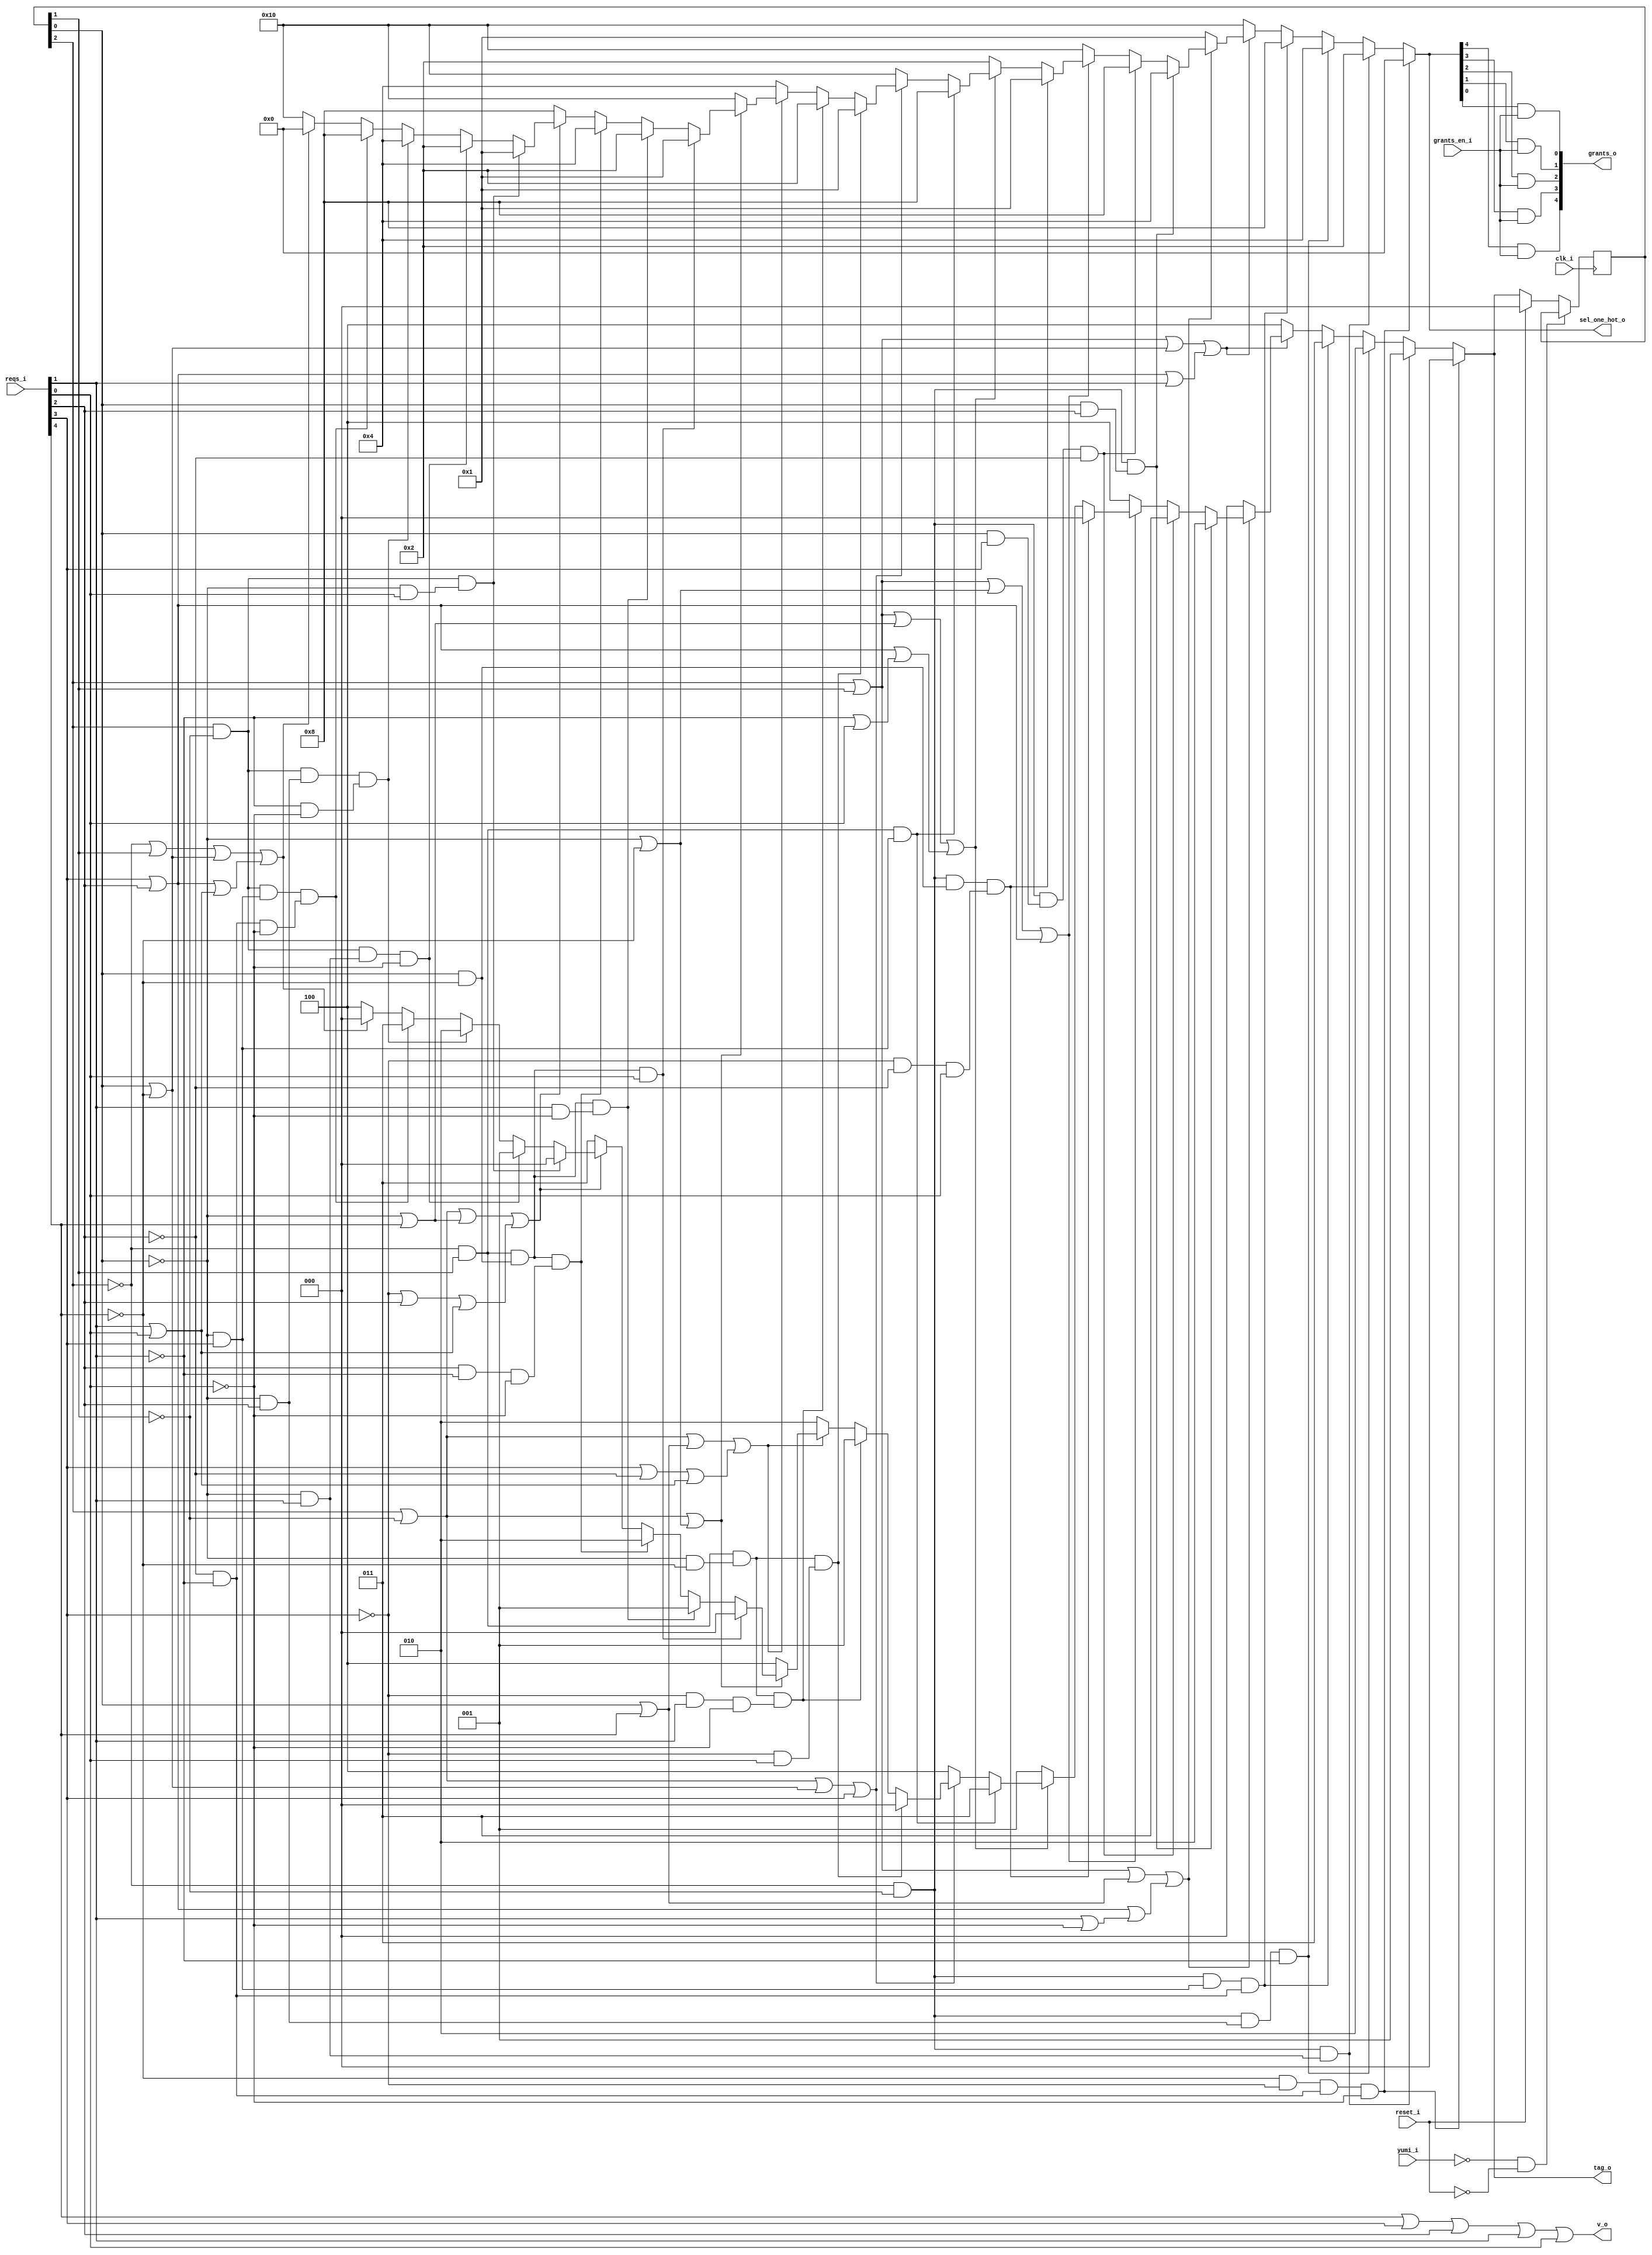
module bsg_round_robin_arb_inputs_p5
(
  clk_i,
  reset_i,
  grants_en_i,
  reqs_i,
  grants_o,
  sel_one_hot_o,
  v_o,
  tag_o,
  yumi_i
);

  input [4:0] reqs_i;
  output [4:0] grants_o;
  output [4:0] sel_one_hot_o;
  output [2:0] tag_o;
  input clk_i;
  input reset_i;
  input grants_en_i;
  input yumi_i;
  output v_o;
  wire [4:0] grants_o,sel_one_hot_o;
  wire [2:0] tag_o;
  wire v_o,N0,N1,N2,N3,N4,N5,N6,N7,N8,N9,N10,N11,N12,N13,N14,N15,N16,N17,N18,N19,N20,
  N21,N22,N23,N24,N25,N26,N27,N28,N29,N30,N31,N32,N33,N34,N35,N36,N37,N38,N39,N40,
  N41,N42,N43,N44,N45,N46,N47,N48,N49,N50,N51,N52,N53,N54,N55,N56,N57,N58,N59,N60,
  N61,N62,N63,N64,N65,N66,N67,N68,N69,N70,N71,N72,N73,N74,N75,N76,N77,N78,N79,N80,
  N81,N82,N83,N84,N85,N86,N87,N88,N89,N90,N91,N92,N93,N94,N95,N96,N97,N98,N99,N100,
  N101,N102,N103,N104,N105,N106,N107,N108,N109,N110,N111,N112,N113,N114,N115,N116,
  N117,N118,N119,N120,N121,N122,N123,N124,N125,N126,N127,N128,N129,N130,N131,N132,
  N133,N134,N135,N136,N137,N138,N139,N140,N141,N142,N143,N144,N145,N146,N147,N148,
  N149,N150,N151,N152,N153,N154,N155,N156,N157,N158,N159,N160,N161,N162,N163,N164,
  N165,N166,N167,N168,N169,N170,N171,N172,N173,N174,N175,N176,N177,N178,N179,N180,
  N181,N182,N183,N184,N185,N186,N187,N188,N189,N190,N191,N192,N193,N194,N195;
  reg [2:0] last_r;
  assign N21 = N19 & N88;
  assign N22 = N21 & N37;
  assign N23 = N22 & N20;
  assign N27 = N24 & N25;
  assign N28 = N26 & reqs_i[1];
  assign N29 = N27 & N28;
  assign N31 = N24 & N25;
  assign N32 = N26 & reqs_i[2];
  assign N33 = N31 & N32;
  assign N34 = N33 & N30;
  assign N35 = N24 & N25;
  assign N36 = N26 & reqs_i[3];
  assign N37 = N56 & N30;
  assign N38 = N35 & N36;
  assign N39 = N38 & N37;
  assign N40 = last_r[2] | last_r[1];
  assign N41 = last_r[0] | N19;
  assign N42 = N40 | N41;
  assign N43 = N63 | reqs_i[1];
  assign N44 = N42 | N43;
  assign N46 = last_r[2] | last_r[1];
  assign N47 = last_r[0] | reqs_i[4];
  assign N48 = reqs_i[1] | N20;
  assign N49 = N46 | N47;
  assign N50 = N63 | N48;
  assign N51 = N49 | N50;
  assign N53 = N24 & N25;
  assign N54 = last_r[0] & reqs_i[2];
  assign N55 = N53 & N54;
  assign N57 = N24 & N25;
  assign N58 = last_r[0] & reqs_i[3];
  assign N59 = N57 & N58;
  assign N60 = N59 & N56;
  assign N61 = last_r[2] | last_r[1];
  assign N62 = N26 | N19;
  assign N63 = reqs_i[3] | reqs_i[2];
  assign N64 = N61 | N62;
  assign N65 = N64 | N63;
  assign N67 = N24 & N25;
  assign N68 = last_r[0] & N19;
  assign N69 = N88 & N56;
  assign N70 = N67 & N68;
  assign N71 = N69 & reqs_i[0];
  assign N72 = N70 & N71;
  assign N73 = last_r[2] | last_r[1];
  assign N74 = N26 | reqs_i[4];
  assign N75 = N30 | reqs_i[0];
  assign N76 = N73 | N74;
  assign N77 = N63 | N75;
  assign N78 = N76 | N77;
  assign N80 = N24 & last_r[1];
  assign N81 = N26 & reqs_i[3];
  assign N82 = N80 & N81;
  assign N83 = last_r[2] | N25;
  assign N84 = last_r[0] | N19;
  assign N85 = N83 | N84;
  assign N86 = N85 | reqs_i[3];
  assign N89 = N24 & last_r[1];
  assign N90 = N26 & N19;
  assign N91 = N88 & reqs_i[0];
  assign N92 = N89 & N90;
  assign N93 = N92 & N91;
  assign N94 = N24 & last_r[1];
  assign N95 = N26 & N19;
  assign N96 = N88 & reqs_i[1];
  assign N97 = N94 & N95;
  assign N98 = N96 & N20;
  assign N99 = N97 & N98;
  assign N100 = last_r[2] | N25;
  assign N101 = last_r[0] | reqs_i[4];
  assign N102 = reqs_i[3] | N56;
  assign N103 = reqs_i[1] | reqs_i[0];
  assign N104 = N100 | N101;
  assign N105 = N102 | N103;
  assign N106 = N104 | N105;
  assign N108 = last_r[2] | N25;
  assign N109 = N26 | N19;
  assign N110 = N108 | N109;
  assign N112 = N24 & last_r[1];
  assign N113 = last_r[0] & N19;
  assign N114 = N112 & N113;
  assign N115 = N114 & reqs_i[0];
  assign N116 = N24 & last_r[1];
  assign N117 = last_r[0] & N19;
  assign N118 = reqs_i[1] & N20;
  assign N119 = N116 & N117;
  assign N120 = N119 & N118;
  assign N121 = N24 & last_r[1];
  assign N122 = last_r[0] & N19;
  assign N123 = reqs_i[2] & N30;
  assign N124 = N121 & N122;
  assign N125 = N123 & N20;
  assign N126 = N124 & N125;
  assign N127 = last_r[2] | N25;
  assign N128 = N26 | reqs_i[4];
  assign N129 = N88 | reqs_i[2];
  assign N130 = N127 | N128;
  assign N131 = N129 | N103;
  assign N132 = N130 | N131;
  assign N134 = last_r[2] & N25;
  assign N135 = N26 & reqs_i[0];
  assign N136 = N134 & N135;
  assign N137 = last_r[2] & N25;
  assign N138 = N26 & reqs_i[1];
  assign N139 = N137 & N138;
  assign N140 = N139 & N20;
  assign N141 = last_r[2] & N25;
  assign N142 = N26 & reqs_i[2];
  assign N143 = N30 & N20;
  assign N144 = N141 & N142;
  assign N145 = N144 & N143;
  assign N146 = last_r[2] & N25;
  assign N147 = N26 & reqs_i[3];
  assign N148 = N146 & N147;
  assign N149 = N37 & N20;
  assign N150 = N148 & N149;
  assign N151 = N24 | last_r[1];
  assign N152 = last_r[0] | N19;
  assign N153 = N151 | N152;
  assign N154 = N63 | N103;
  assign N155 = N153 | N154;
  assign N157 = last_r[2] & last_r[0];
  assign N158 = N157 & reqs_i[2];
  assign N159 = last_r[2] & last_r[0];
  assign N160 = N159 & reqs_i[3];
  assign N161 = last_r[2] & last_r[0];
  assign N162 = N161 & reqs_i[4];
  assign N163 = last_r[2] & last_r[0];
  assign N164 = N163 & reqs_i[0];
  assign N165 = last_r[2] & last_r[0];
  assign N166 = N165 & reqs_i[1];
  assign N167 = last_r[2] & last_r[1];
  assign N168 = N167 & reqs_i[3];
  assign N169 = last_r[2] & last_r[1];
  assign N170 = N169 & reqs_i[4];
  assign N171 = last_r[2] & last_r[1];
  assign N172 = N171 & reqs_i[0];
  assign N173 = last_r[2] & last_r[1];
  assign N174 = N173 & reqs_i[1];
  assign N175 = last_r[2] & last_r[1];
  assign N176 = N175 & reqs_i[2];
  assign sel_one_hot_o = (N0)? { 1'b0, 1'b0, 1'b0, 1'b0, 1'b0 } :
                         (N1)? { 1'b0, 1'b0, 1'b0, 1'b1, 1'b0 } :
                         (N2)? { 1'b0, 1'b0, 1'b1, 1'b0, 1'b0 } :
                         (N3)? { 1'b0, 1'b1, 1'b0, 1'b0, 1'b0 } :
                         (N45)? { 1'b1, 1'b0, 1'b0, 1'b0, 1'b0 } :
                         (N52)? { 1'b0, 1'b0, 1'b0, 1'b0, 1'b1 } :
                         (N4)? { 1'b0, 1'b0, 1'b1, 1'b0, 1'b0 } :
                         (N5)? { 1'b0, 1'b1, 1'b0, 1'b0, 1'b0 } :
                         (N66)? { 1'b1, 1'b0, 1'b0, 1'b0, 1'b0 } :
                         (N6)? { 1'b0, 1'b0, 1'b0, 1'b0, 1'b1 } :
                         (N79)? { 1'b0, 1'b0, 1'b0, 1'b1, 1'b0 } :
                         (N7)? { 1'b0, 1'b1, 1'b0, 1'b0, 1'b0 } :
                         (N87)? { 1'b1, 1'b0, 1'b0, 1'b0, 1'b0 } :
                         (N8)? { 1'b0, 1'b0, 1'b0, 1'b0, 1'b1 } :
                         (N9)? { 1'b0, 1'b0, 1'b0, 1'b1, 1'b0 } :
                         (N107)? { 1'b0, 1'b0, 1'b1, 1'b0, 1'b0 } :
                         (N111)? { 1'b1, 1'b0, 1'b0, 1'b0, 1'b0 } :
                         (N10)? { 1'b0, 1'b0, 1'b0, 1'b0, 1'b1 } :
                         (N11)? { 1'b0, 1'b0, 1'b0, 1'b1, 1'b0 } :
                         (N12)? { 1'b0, 1'b0, 1'b1, 1'b0, 1'b0 } :
                         (N133)? { 1'b0, 1'b1, 1'b0, 1'b0, 1'b0 } :
                         (N13)? { 1'b0, 1'b0, 1'b0, 1'b0, 1'b1 } :
                         (N14)? { 1'b0, 1'b0, 1'b0, 1'b1, 1'b0 } :
                         (N15)? { 1'b0, 1'b0, 1'b1, 1'b0, 1'b0 } :
                         (N16)? { 1'b0, 1'b1, 1'b0, 1'b0, 1'b0 } :
                         (N156)? { 1'b1, 1'b0, 1'b0, 1'b0, 1'b0 } : 1'b0;
  assign N0 = N23;
  assign N1 = N29;
  assign N2 = N34;
  assign N3 = N39;
  assign N4 = N55;
  assign N5 = N60;
  assign N6 = N72;
  assign N7 = N82;
  assign N8 = N93;
  assign N9 = N99;
  assign N10 = N115;
  assign N11 = N120;
  assign N12 = N126;
  assign N13 = N136;
  assign N14 = N140;
  assign N15 = N145;
  assign N16 = N150;
  assign tag_o = (N0)? { 1'b0, 1'b0, 1'b0 } :
                 (N1)? { 1'b0, 1'b0, 1'b1 } :
                 (N2)? { 1'b0, 1'b1, 1'b0 } :
                 (N3)? { 1'b0, 1'b1, 1'b1 } :
                 (N45)? { 1'b1, 1'b0, 1'b0 } :
                 (N52)? { 1'b0, 1'b0, 1'b0 } :
                 (N4)? { 1'b0, 1'b1, 1'b0 } :
                 (N5)? { 1'b0, 1'b1, 1'b1 } :
                 (N66)? { 1'b1, 1'b0, 1'b0 } :
                 (N6)? { 1'b0, 1'b0, 1'b0 } :
                 (N79)? { 1'b0, 1'b0, 1'b1 } :
                 (N7)? { 1'b0, 1'b1, 1'b1 } :
                 (N87)? { 1'b1, 1'b0, 1'b0 } :
                 (N8)? { 1'b0, 1'b0, 1'b0 } :
                 (N9)? { 1'b0, 1'b0, 1'b1 } :
                 (N107)? { 1'b0, 1'b1, 1'b0 } :
                 (N111)? { 1'b1, 1'b0, 1'b0 } :
                 (N10)? { 1'b0, 1'b0, 1'b0 } :
                 (N11)? { 1'b0, 1'b0, 1'b1 } :
                 (N12)? { 1'b0, 1'b1, 1'b0 } :
                 (N133)? { 1'b0, 1'b1, 1'b1 } :
                 (N13)? { 1'b0, 1'b0, 1'b0 } :
                 (N14)? { 1'b0, 1'b0, 1'b1 } :
                 (N15)? { 1'b0, 1'b1, 1'b0 } :
                 (N16)? { 1'b0, 1'b1, 1'b1 } :
                 (N156)? { 1'b1, 1'b0, 1'b0 } :
                 (N177)? { 1'b0, 1'b0, 1'b0 } : 1'b0;
  assign { N182, N181, N180 } = (N17)? { 1'b0, 1'b0, 1'b0 } :
                                (N18)? tag_o : 1'b0;
  assign N17 = reset_i;
  assign N18 = N179;
  assign N19 = ~reqs_i[4];
  assign N20 = ~reqs_i[0];
  assign N24 = ~last_r[2];
  assign N25 = ~last_r[1];
  assign N26 = ~last_r[0];
  assign N30 = ~reqs_i[1];
  assign N45 = ~N44;
  assign N52 = ~N51;
  assign N56 = ~reqs_i[2];
  assign N66 = ~N65;
  assign N79 = ~N78;
  assign N87 = ~N86;
  assign N88 = ~reqs_i[3];
  assign N107 = ~N106;
  assign N111 = ~N110;
  assign N133 = ~N132;
  assign N156 = ~N155;
  assign N177 = N158 | N192;
  assign N192 = N160 | N191;
  assign N191 = N162 | N190;
  assign N190 = N164 | N189;
  assign N189 = N166 | N188;
  assign N188 = N168 | N187;
  assign N187 = N170 | N186;
  assign N186 = N172 | N185;
  assign N185 = N174 | N176;
  assign grants_o[4] = sel_one_hot_o[4] & grants_en_i;
  assign grants_o[3] = sel_one_hot_o[3] & grants_en_i;
  assign grants_o[2] = sel_one_hot_o[2] & grants_en_i;
  assign grants_o[1] = sel_one_hot_o[1] & grants_en_i;
  assign grants_o[0] = sel_one_hot_o[0] & grants_en_i;
  assign v_o = N195 | reqs_i[0];
  assign N195 = N194 | reqs_i[1];
  assign N194 = N193 | reqs_i[2];
  assign N193 = reqs_i[4] | reqs_i[3];
  assign N178 = ~yumi_i;
  assign N179 = ~reset_i;
  assign N183 = N178 & N179;
  assign N184 = ~N183;

  always @(posedge clk_i) begin
    if(N184) begin
      { last_r[2:0] } <= { N182, N181, N180 };
    end
  end


endmodule